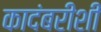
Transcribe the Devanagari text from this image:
कादंबरीशी